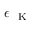
\epsilon _ { \mathrm { ~ \tiny ~ K ~ } }